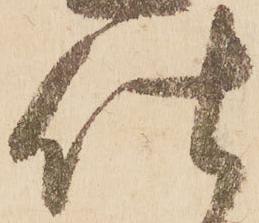
仕